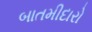
બાતમીદારો